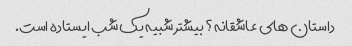
داستان های عاشقانه؟ بیشتر شبیه یک شب ایستاده است.